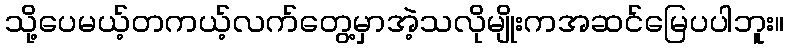
သို့ပေမယ့်တကယ့်လက်တွေ့မှာအဲ့သလိုမျိုးကအဆင်မြေပပါဘူး။